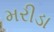
મરીડા